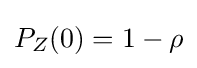
P_{Z}(0)=1-\rho